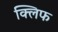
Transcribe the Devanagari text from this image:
क्‍लिफ